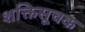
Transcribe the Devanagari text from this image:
शक्तिसूचक